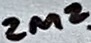
Text: 2M2